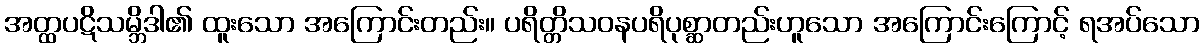
အတ္ထပဋိသမ္ဘိဒါ၏ ထူးသော အကြောင်းတည်း။ ပရိတ္တိသဝနပရိပုစ္ဆာတည်းဟူသော အကြောင်းကြောင့် ရအပ်သော